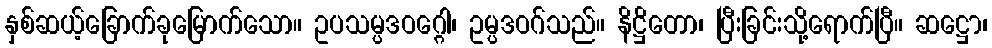
နှစ်ဆယ့်ခြောက်ခုမြောက်သော။ ဥပသမ္ပဒဝဂ္ဂေါ၊ ဥမ္ပဒဝဂ်သည်။ နိဋ္ဌိတော၊ ပြီးခြင်းသို့ရောက်ပြီ။ ဆဋ္ဌော၊